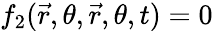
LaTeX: f_{2}(\vec{r},\theta,\vec{r},\theta,t)=0